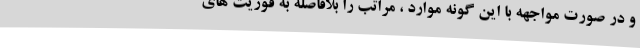
و در صورت مواجهه با این گونه موارد ، مراتب را بلافاصله به فوریت های